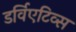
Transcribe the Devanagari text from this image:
डर्विएटिव्स